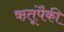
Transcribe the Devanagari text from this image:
ऋतूंपैकी